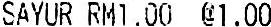
SAYUR RM1.00 @1.00